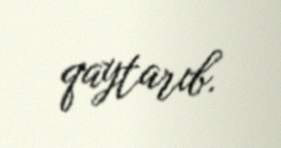
qaytarıb.